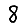
Digit: 8